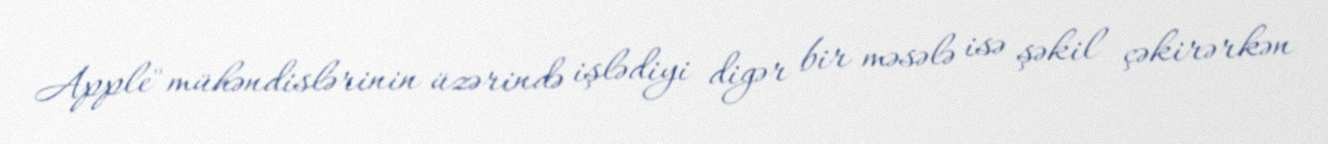
Apple" mühəndislərinin üzərində işlədiyi digər bir məsələ isə şəkil çəkirərkən